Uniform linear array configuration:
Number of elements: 4
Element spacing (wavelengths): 1
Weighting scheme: kaiser
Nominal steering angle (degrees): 45
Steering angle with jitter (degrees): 44.114
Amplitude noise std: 0.05
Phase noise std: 0.05

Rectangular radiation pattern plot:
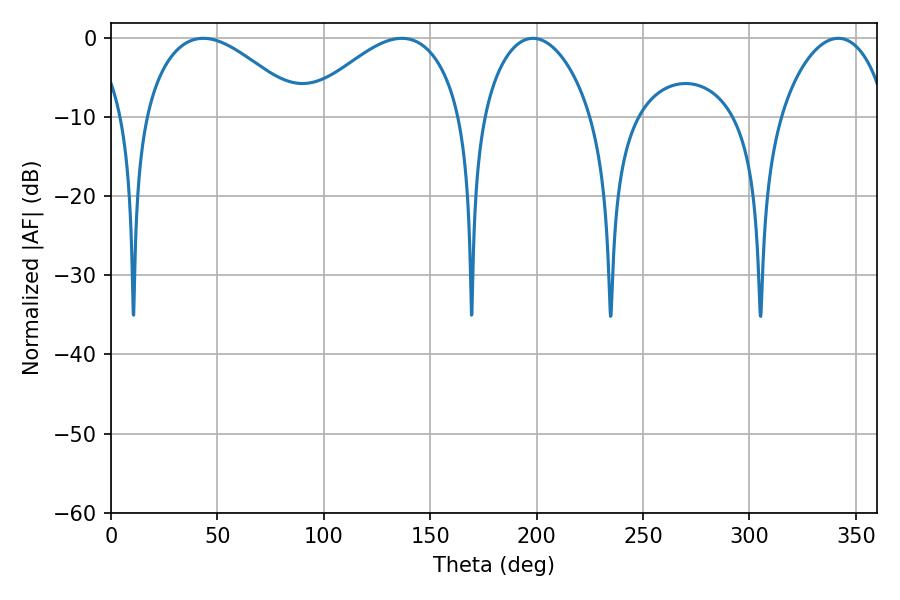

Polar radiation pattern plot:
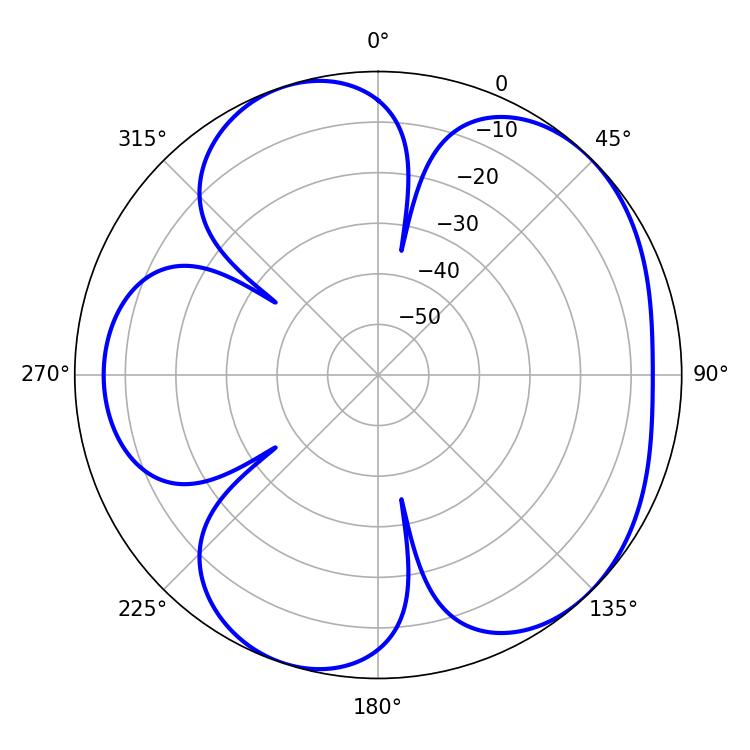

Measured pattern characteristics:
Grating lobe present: TRUE
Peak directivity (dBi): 5.227
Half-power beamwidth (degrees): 40.68
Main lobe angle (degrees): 43.38